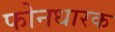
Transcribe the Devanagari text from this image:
फोनधारक